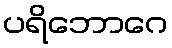
ပရိဘောဂေ